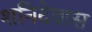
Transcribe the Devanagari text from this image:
शनिदेवास